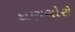
દાણચોરો